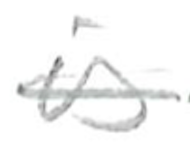
Text: is
Cross-out: single-line
Writing tool: pencil